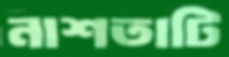
নাশতাটি